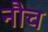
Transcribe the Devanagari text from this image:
नौच